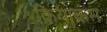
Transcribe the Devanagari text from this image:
क्रियाक्रम